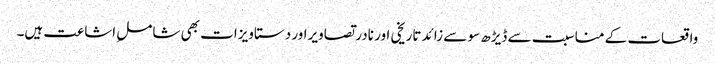
واقعات کے مناسبت سے ڈیڑھ سو سے زائد تاریخی اور نادر تصاویراور دستاویزات بھی شاملِ اشاعت ہیں۔